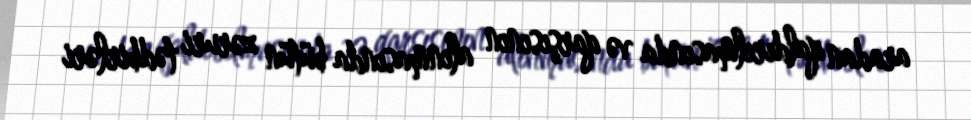
aradan qaldırılmasında və qarşısının alınmasında bütün zəruri tədbirləri